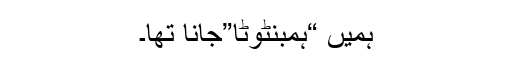
ہمیں “ہمبنٹوٹا”جانا تھا۔